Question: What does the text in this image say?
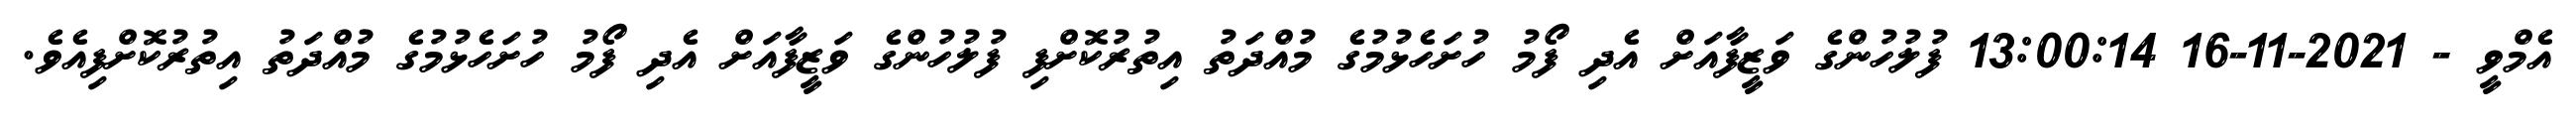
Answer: އެމްވީ - 2021-11-16 13:00:14 ފުލުހުންގެ ވަޒީފާއަށް އެދި ފޯމު ހުށަހެޅުމުގެ މުއްދަތު އިތުރުކޮށްފި ފުލުހުންގެ ވަޒީފާއަށް އެދި ފޯމު ހުށަހެޅުމުގެ މުއްދަތު އިތުރުކޮށްފިއެވެ.